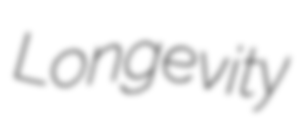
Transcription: Longevity